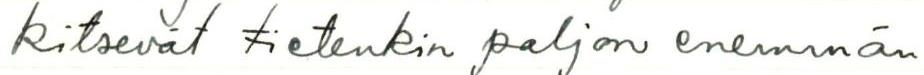
kitsevät tietenkin paljon enemmän